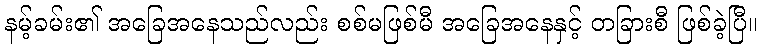
နမ့်ခမ်း၏ အခြေအနေသည်လည်း စစ်မဖြစ်မီ အခြေအနေနှင့် တခြားစီ ဖြစ်ခဲ့ပြီ။